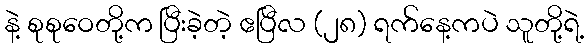
နဲ့ စုစုဝေတို့က ပြီးခဲ့တဲ့ ဧပြီလ (၂၈) ရက်နေ့ကပဲ သူတို့ရဲ့